NAE_ERA_R-2078_Sihtasutus_Eesti_Kontsert, lk 20
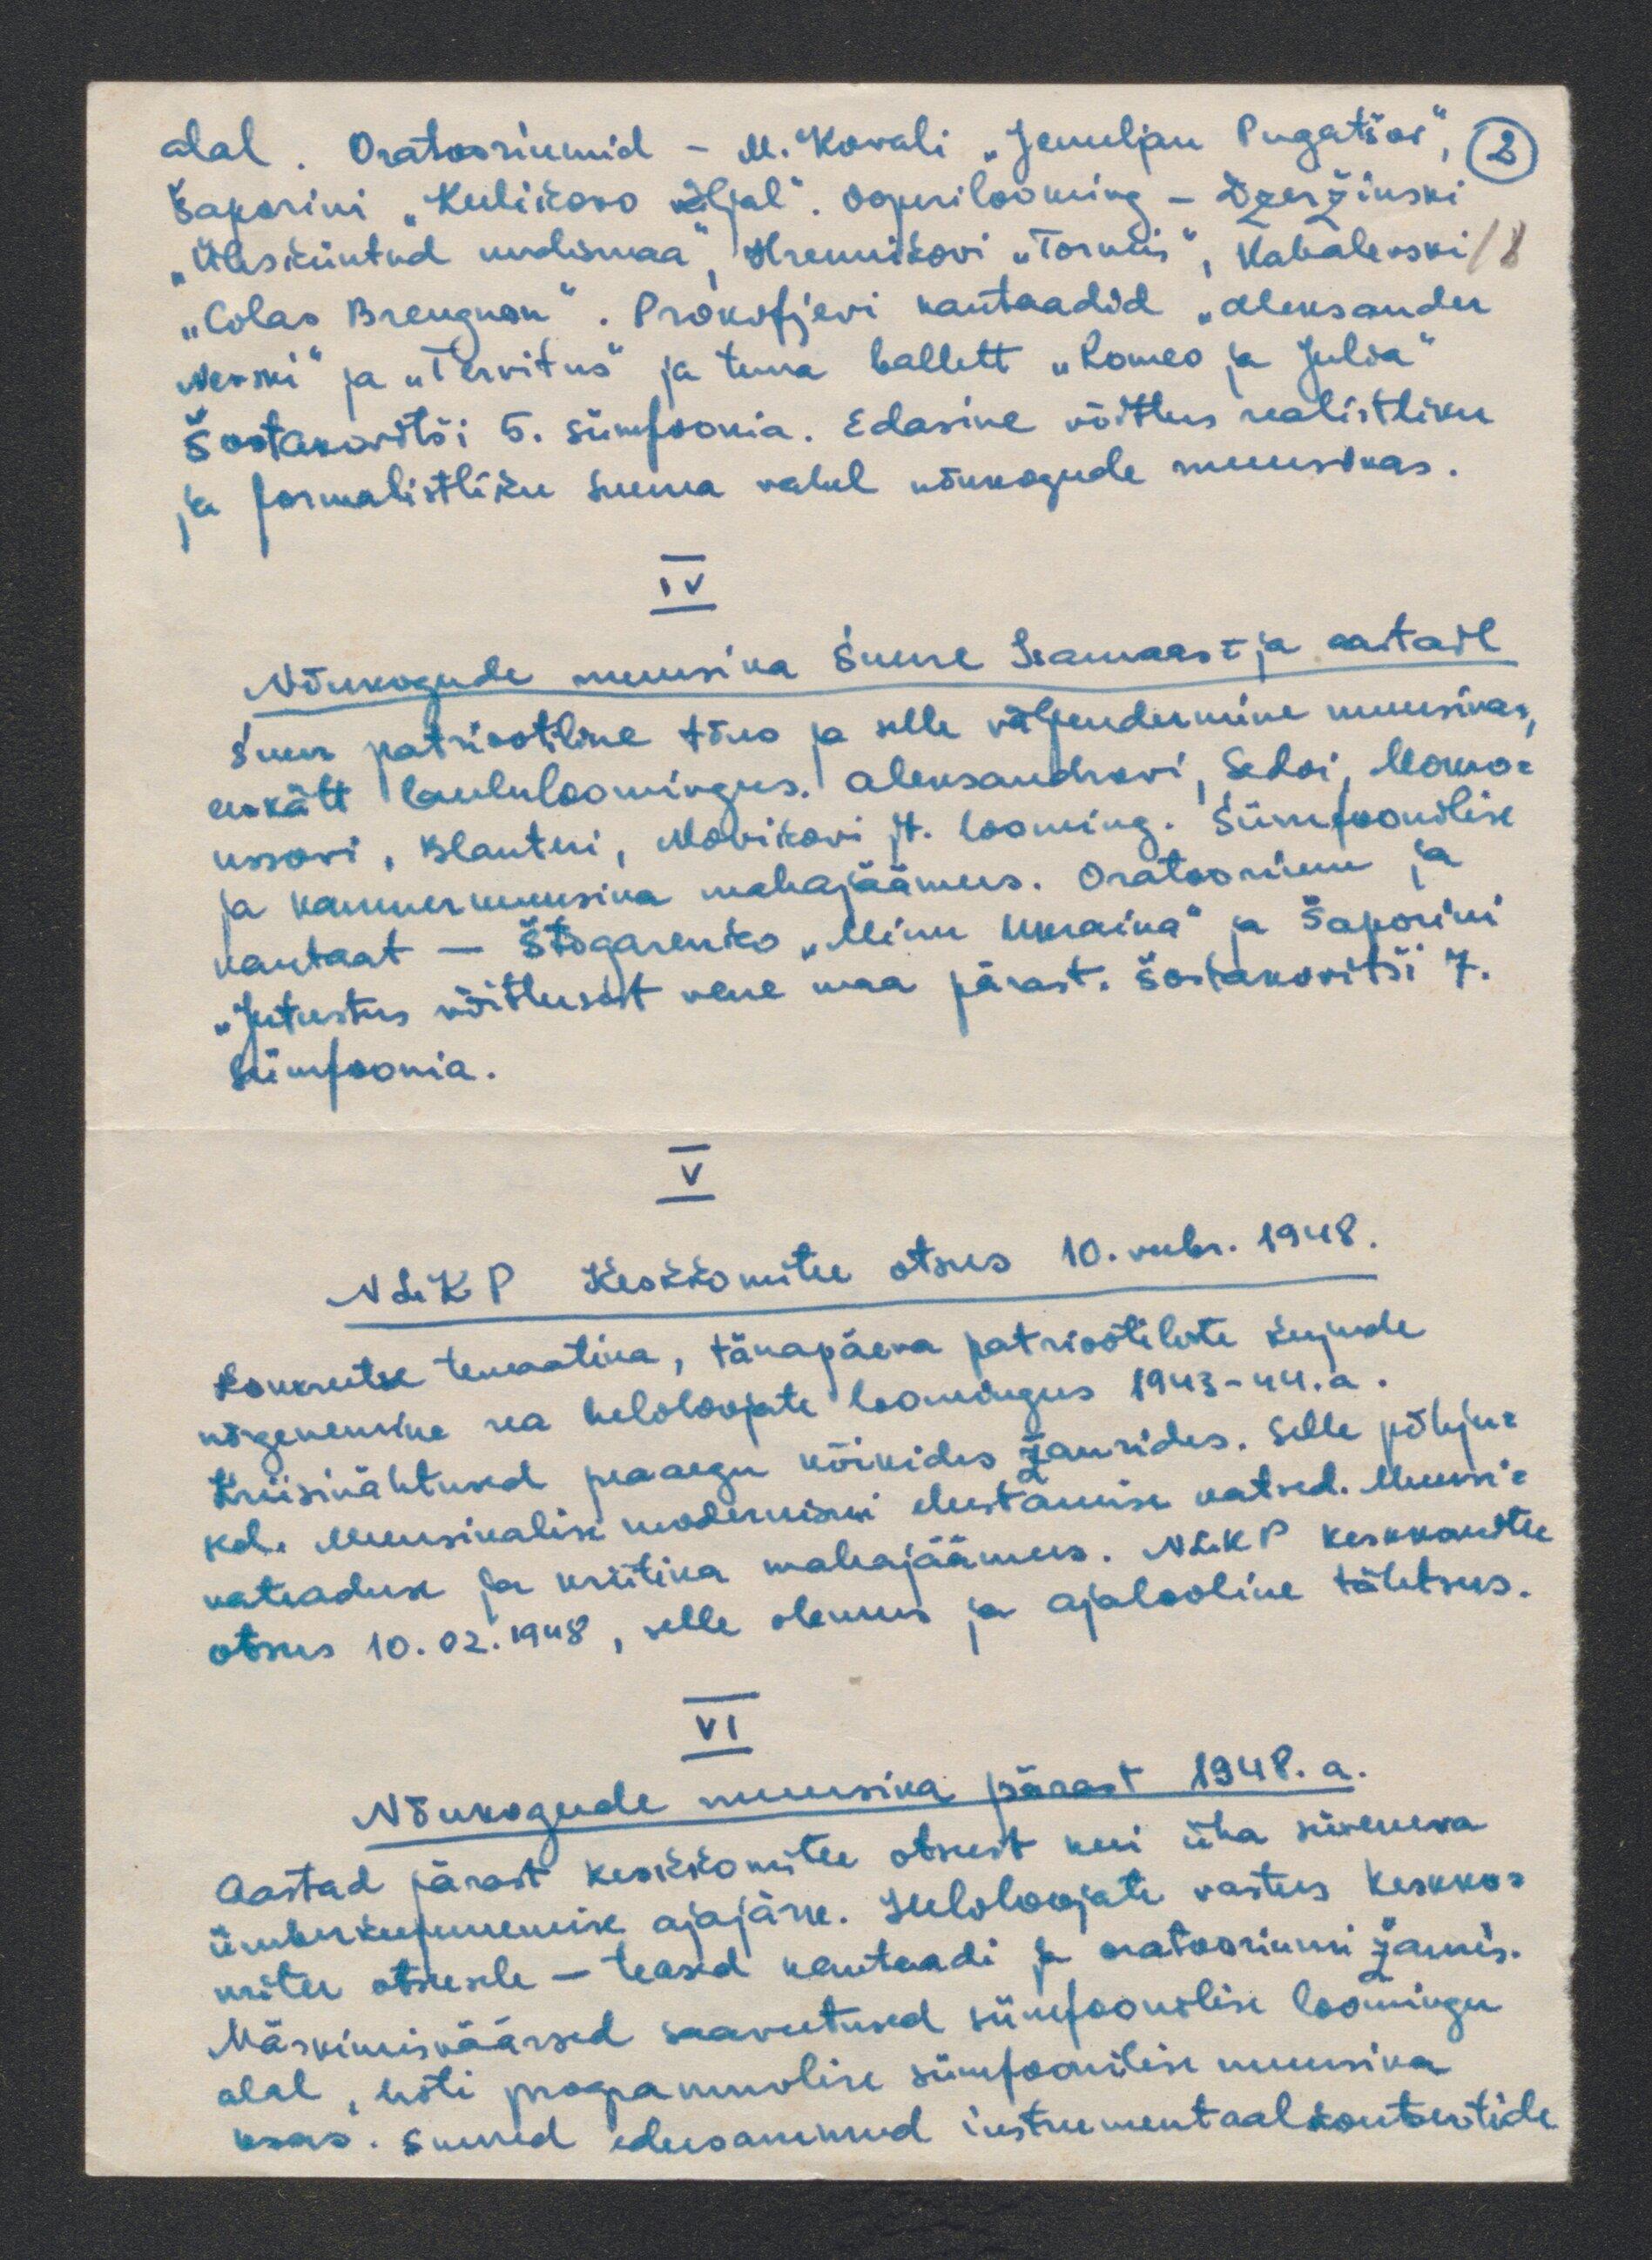
alal. Oratooriumid - M. Kovali "Jemeljan Pugatšov", (2)
Šaporini "Kuliskovo väljal". Ooperilooming - Dzenžinski
"Ülesküntud uudismaa" Hrennikovi "Tormi", Kabalevski/ 8
"Colas Breugnon". Prokofjevi kantaadid "Aleksander
Nevski" ja "Tervitus" ja tema ballett "Romeo ja Julia"
Šostakvitsi 5. sümfoonia. Edasine võitlus realistliku
ja formalistliku suuna vahel nõukogude muusika.
IV
Nõukogude muusika Suure Isamaast ja aastail
suur patriotiline tõus ja selle väljendumine muusikas,
eeskätt laululoomingus. Aleksandrovi, Sedoi, Marro-
ussovi, Blanteri, Movikovi jt. looming. Sünfoonilise
ja kammermuusika mahajäämus. Oratoorium ja
kantaat - Štogarenko "Minu ukraina" ja Šaporini
"Jutustus võitlusest vene maa pärast, Šostakvitši 7.
sümfoonia.
V.
NLKP Keskkomitee otsus 10. veebr. 1948.
konkreetse temaatika, tänapäeva patriootiliste kujude
nõrgenemine rea heloloojate loomingus 1943-44. a.
Kriisinähtused peaaegu kõikides žanrides. Selle põhju-
sed. Muusikalise modernismi elustamise katsed. Muusi-
kateaduse ja kriitika mahajäämus. NLKP keskkomitee
otsus 10.02.1948, selle olemus ja ajalooline tähtsus.
VI
Nõukogude muusika pärast 1949. a.
Aastad pärast keskkomitee otsust kui ühe süveneva
ümberkujunemise ajajärk. Heliloojate vastus keskko-
mitee otsusele - teosed kantaadi ja oratooriumi žanris.
Märkimisväärsed saavutused sümfoonilise loomingu
alal, eriti programmilise sümfoonilise muusika
osas. Suured edusammud instrumentaalkontsertide